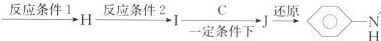
$$\xrightarrow { 反 应 条 件 1 } H \xrightarrow { 反 应 条 件 2 } I \xrightarrow [ 一 定 条 件 下 ] { C } J \xrightarrow { 还 原 } N H$$